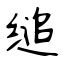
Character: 缒